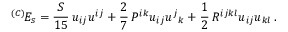
^ { ( C ) } \! E _ { s } = \frac { S } { 1 5 } \, u _ { i j } u ^ { i j } + \frac 2 7 \, P ^ { i k } u _ { i j } u ^ { j } { } _ { k } + \frac 1 2 \, R ^ { i j k l } u _ { i j } u _ { k l } \, .